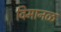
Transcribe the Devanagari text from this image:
विमानळ